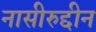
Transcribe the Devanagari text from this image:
नासीरुद्दीन